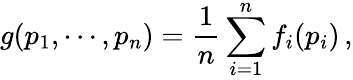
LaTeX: g(p_{1},\cdots,p_{n})=\frac{1}{n}\sum_{i=1}^{n}f_{i}(p_{i})\, ,